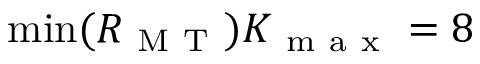
\operatorname* { m i n } ( R _ { \mathrm { ~ M ~ T ~ } } ) K _ { \mathrm { ~ m ~ a ~ x ~ } } = 8